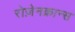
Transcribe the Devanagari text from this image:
रोज़ेनक्रान्स